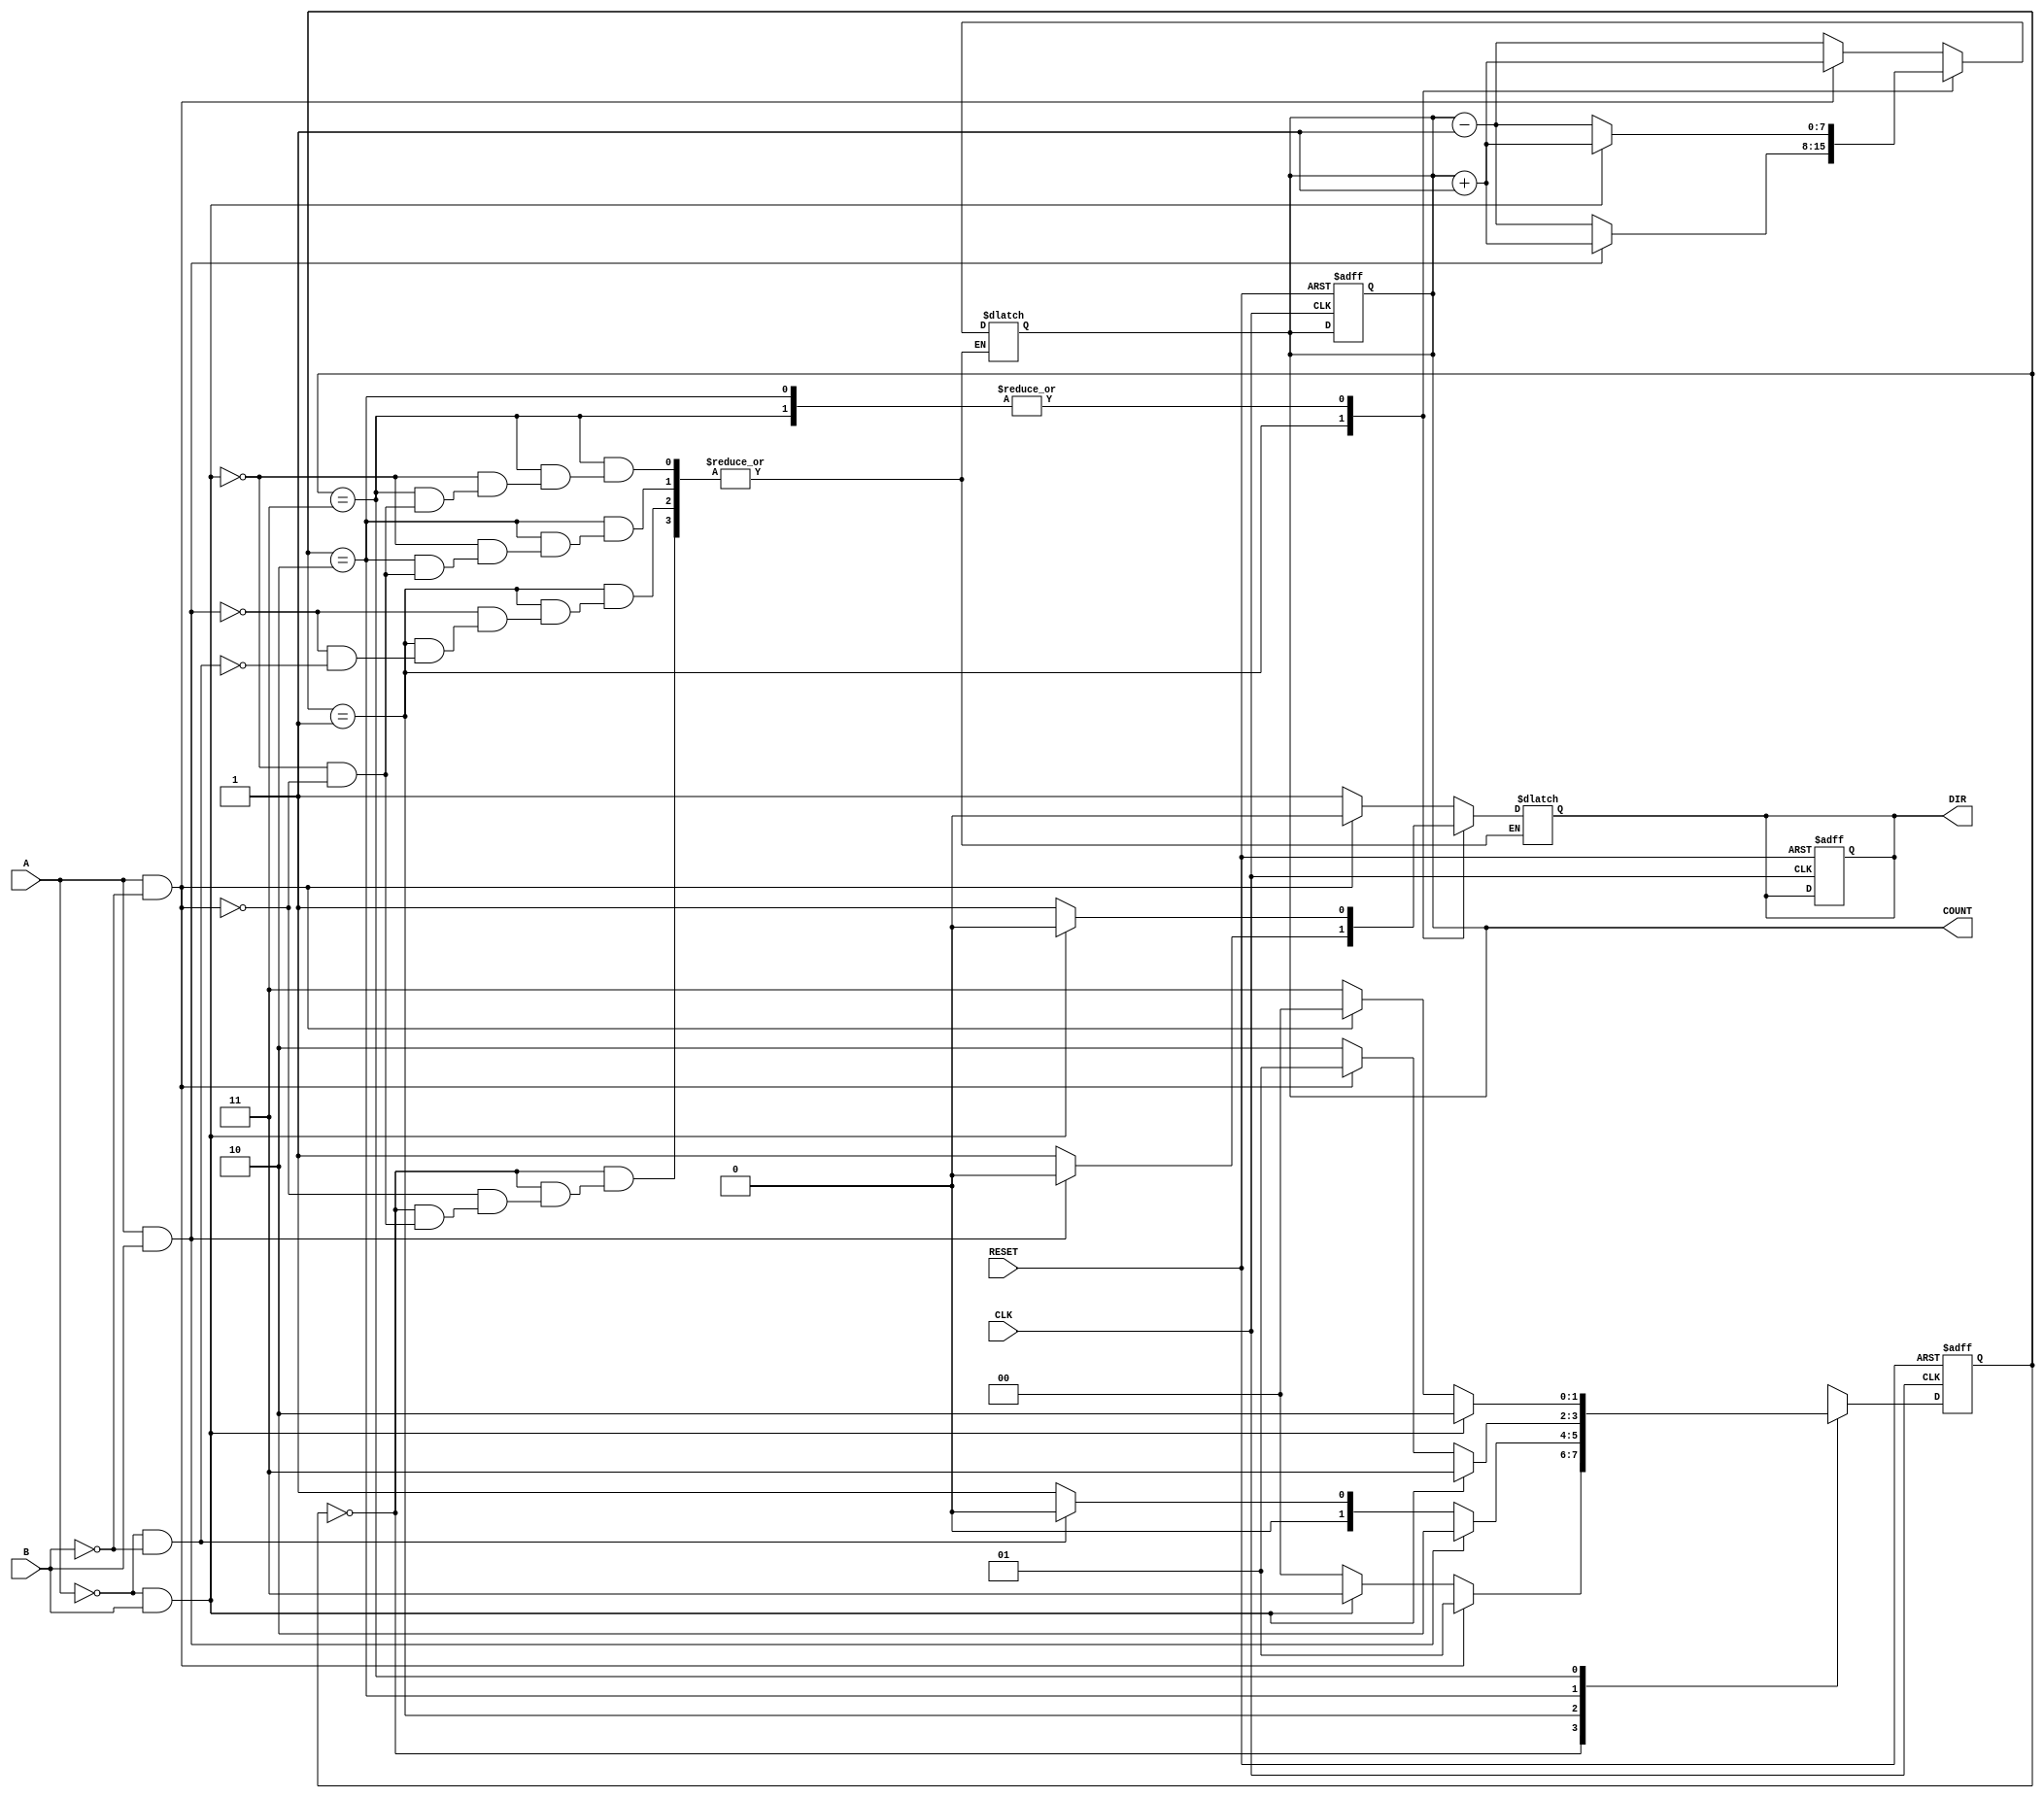
module rotary_encoder (
    input wire A,         // First output signal from the rotary encoder
    input wire B,         // Second output signal from the rotary encoder
    input wire CLK,       // Clock signal (not used in combinational logic)
    input wire RESET,     // Reset signal
    output reg [7:0] COUNT, // 8-bit binary count output
    output reg DIR        // Direction output (0 = CW, 1 = CCW)
);

    reg [1:0] state;     // Current state (2 bits for A and B)
    reg [1:0] next_state; // Next state (2 bits for A and B)

    // State encoding
    localparam S00 = 2'b00;
    localparam S01 = 2'b01;
    localparam S11 = 2'b10;
    localparam S10 = 2'b11;

    // Initialize state and count
    always @(posedge CLK or posedge RESET) begin
        if (RESET) begin
            COUNT <= 8'b0;   // Reset count
            state <= S00;    // Reset to initial state
            DIR <= 1'b0;     // Reset direction
        end else begin
            state <= next_state; // Update current state
        end
    end

    // Combinational logic for state transitions and counting
    always @(*) begin
        case (state)
            S00: begin
                if (A && !B) begin
                    next_state = S01; // Transition to S01
                    COUNT = COUNT + 1; // CW
                    DIR = 1'b0; // CW
                end else if (!A && B) begin
                    next_state = S10; // Transition to S10
                    COUNT = COUNT - 1; // CCW
                    DIR = 1'b1; // CCW
                end else begin
                    next_state = S00; // Stay in S00
                    COUNT = COUNT; // No change
                end
            end

            S01: begin
                if (A && B) begin
                    next_state = S11; // Transition to S11
                    COUNT = COUNT + 1; // CW
                    DIR = 1'b0; // CW
                end else if (!A && !B) begin
                    next_state = S00; // Transition to S00
                    COUNT = COUNT - 1; // CCW
                    DIR = 1'b1; // CCW
                end else begin
                    next_state = S01; // Stay in S01
                    COUNT = COUNT; // No change
                end
            end

            S11: begin
                if (!A && B) begin
                    next_state = S10; // Transition to S10
                    COUNT = COUNT + 1; // CW
                    DIR = 1'b0; // CW
                end else if (A && !B) begin
                    next_state = S01; // Transition to S01
                    COUNT = COUNT - 1; // CCW
                    DIR = 1'b1; // CCW
                end else begin
                    next_state = S11; // Stay in S11
                    COUNT = COUNT; // No change
                end
            end

            S10: begin
                if (!A && B) begin
                    next_state = S11; // Transition to S11
                    COUNT = COUNT + 1; // CW
                    DIR = 1'b0; // CW
                end else if (A && !B) begin
                    next_state = S00; // Transition to S00
                    COUNT = COUNT - 1; // CCW
                    DIR = 1'b1; // CCW
                end else begin
                    next_state = S10; // Stay in S10
                    COUNT = COUNT; // No change
                end
            end

            default: begin
                next_state = S00; // Default to initial state
                COUNT = COUNT; // No change
            end
        endcase
    end

endmodule